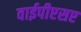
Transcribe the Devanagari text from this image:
वाईपीएसए